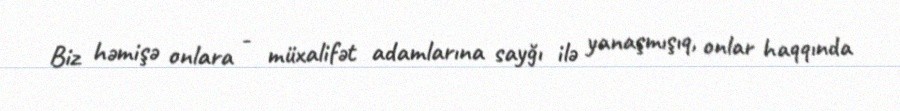
Biz həmişə onlara - müxalifət adamlarına sayğı ilə yanaşmışıq, onlar haqqında